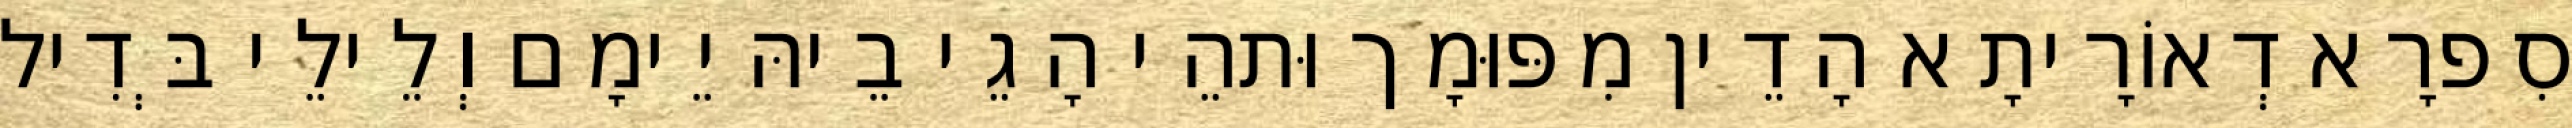
סִפרָא דְאוֹרָיתָא הָדֵין מִפּוּמָך וּתהֵי הָגֵי בֵיהּ יֵימָם וְלֵילֵי בְּדִיל